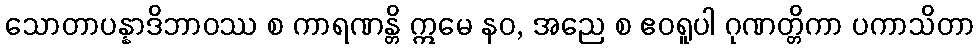
သောတာပန္နာဒိဘာဝဿ စ ကာရဏန္တိ ဣမေ နဝ, အညေ စ ဧဝရူပါ ဂုဏတ္တိကာ ပကာသိတာ